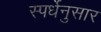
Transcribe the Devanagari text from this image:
स्पर्धेनुसार